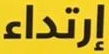
إرتداء